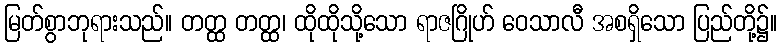
မြတ်စွာဘုရားသည်။ တတ္ထ တတ္ထ၊ ထိုထိုသို့သော ရာဇဂြိုဟ် ဝေသာလီ အစရှိသော ပြည်တို့၌။